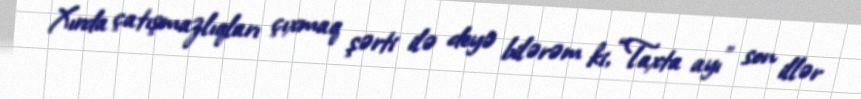
Xırda çatışmazlıqları çıxmaq şərti ilə deyə bilərəm ki, “Taxta ayı” son illər